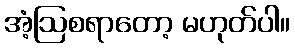
အံ့ဩစရာတော့ မဟုတ်ပါ။